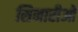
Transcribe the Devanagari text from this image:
सिनारीओ